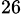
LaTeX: ^{26}